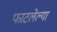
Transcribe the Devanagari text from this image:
फाटलेल्या